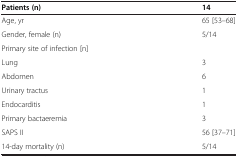
<table><thead><tr><td><b>Patients (n)</b></td><td><b>14</b></td></tr></thead><tbody><tr><td>Age, yr</td><td>65 [53–68]</td></tr><tr><td>Gender, female (n)</td><td>5/14</td></tr><tr><td>Primary site of infection [n]</td><td> </td></tr><tr><td>Lung</td><td>3</td></tr><tr><td>Abdomen</td><td>6</td></tr><tr><td>Urinary tractus</td><td>1</td></tr><tr><td>Endocarditis</td><td>1</td></tr><tr><td>Primary bactaeremia</td><td>3</td></tr><tr><td>SAPS II</td><td>56 [37–71]</td></tr><tr><td>14-day mortality (n)</td><td>5/14</td></tr></tbody></table>